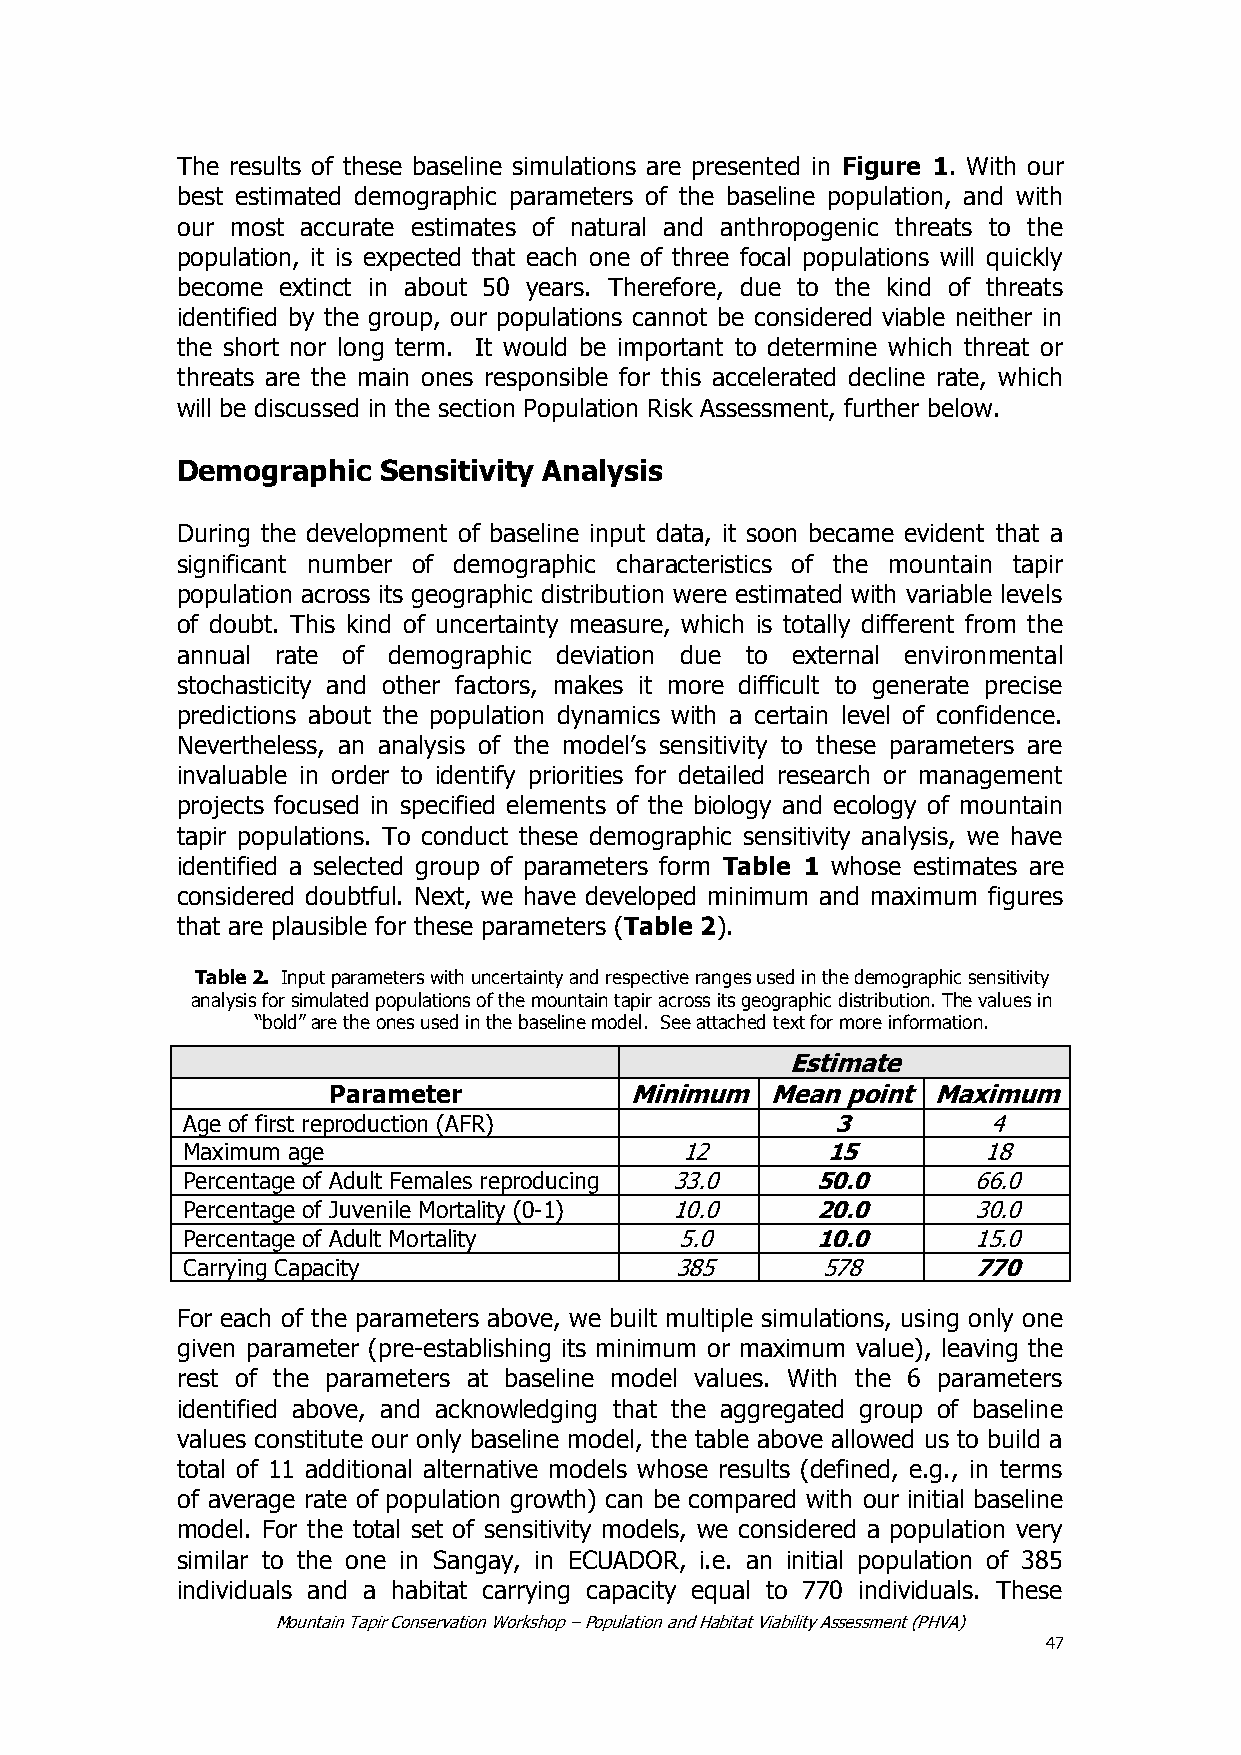
The results of these baseline simulations are presented in Figure 1. With our
 best estimated demographic parameters of the baseline population, and with
 our most accurate estimates of natural and anthropogenic threats to the
 population, it is expected that each one of three focal populations will quickly
 become extinct in about 50 years. Therefore, due to the kind of threats
 identified by the group, our populations cannot be considered viable neither in
 the short nor long term. It would be important to determine which threat or
 threats are the main ones responsible for this accelerated decline rate, which
 will be discussed in the section Population Risk Assessment, further below.
 Demographic  Sensitivity Analysis
 During the development of baseline input data, it soon became evident that a
 significant number of demographic characteristics of the mountain tapir
 population across its geographic distribution were estimated with variable levels
 of doubt. This kind of uncertainty measure, which is totally different from the
 annual rate of demographic deviation due to external environmental
 stochasticity and other factors, makes it more difficult to generate precise
 predictions about the population dynamics with a certain level of confidence.
 Nevertheless, an analysis of the model’s sensitivity to these parameters are
 invaluable in order to identify priorities for detailed research or management
 projects focused in specified elements of the biology and ecology of mountain
 tapir populations. To conduct these demographic sensitivity analysis, we have
 identified a selected group of parameters form Table 1 whose estimates are
 considered doubtful. Next, we have developed minimum and maximum figures
 that are plausible for these parameters (Table 2).
 Table 2. Input parameters with uncertainty and respective ranges used in the demographic sensitivity
 analysis for simulated populations of the mountain tapir across its geographic distribution. The values in
 ―bold‖ are the ones used in the baseline model. See attached text for more information.
 Estimate
 Parameter           Minimum  Mean point Maximum
 Age of first reproduction (AFR)            3         4
 Maximum age                      12        15        18
 Percentage of Adult Females reproducing 33.0 50.0   66.0
 Percentage of Juvenile Mortality (0-1) 10.0 20.0    30.0
 Percentage of Adult Mortality    5.0      10.0      15.0
 Carrying Capacity                385      578       770
 For each of the parameters above, we built multiple simulations, using only one
 given parameter (pre-establishing its minimum or maximum value), leaving the
 rest of the parameters at baseline model values. With the 6 parameters
 identified above, and acknowledging that the aggregated group of baseline
 values constitute our only baseline model, the table above allowed us to build a
 total of 11 additional alternative models whose results (defined, e.g., in terms
 of average rate of population growth) can be compared with our initial baseline
 model. For the total set of sensitivity models, we considered a population very
 similar to the one in Sangay, in ECUADOR, i.e. an initial population of 385
 individuals and a habitat carrying capacity equal to 770 individuals. These
 Mountain Tapir Conservation Workshop – Population and Habitat Viability Assessment (PHVA)
 47